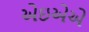
એઇએએ